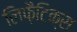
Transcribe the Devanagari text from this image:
लिफ़ैटिक्स